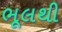
ભૂલથી